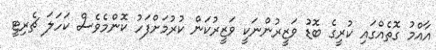
އާއްމު ގޮތެއްގައި ކުރީގެ ބޮޑު ވަޒީރުންނަކީ ވަޒީރުކަން ކުރުމަށްފަހު ކޮންމެވެސް ކަހަލަ ޗެރިޓީ